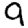
Digit: 9